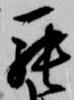
罷